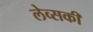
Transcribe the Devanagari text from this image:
लेव्‍सकी